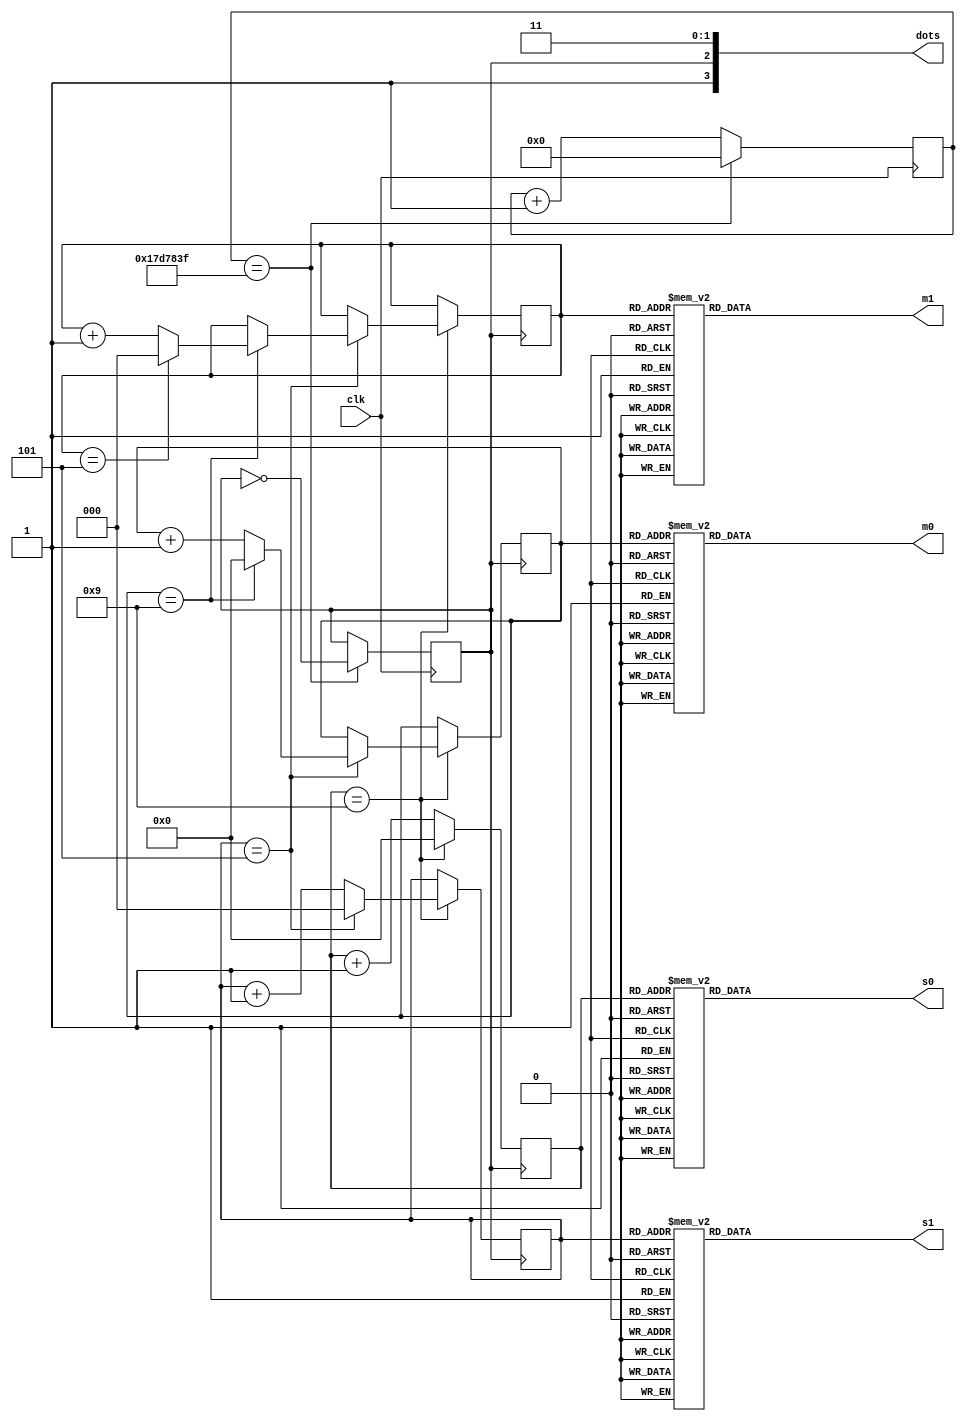
/************************************************
  The Verilog HDL code example is from the book
  Computer Principles and Design in Verilog HDL
  by Yamin Li, published by A JOHN WILEY & SONS
************************************************/
module minute_second (clk,m1,m0,s1,s0,dots);                 // what's this?
    input        clk;                                        // 50MHz
    output [6:0] m1, m0;
    output [6:0] s1, s0;
    output [3:0] dots;

    reg          sec_clk = 1;
    reg   [24:0] clk_cnt = 0;
    always @ (posedge clk) begin
        if (clk_cnt == 25'd24999999) begin
            clk_cnt <= 0;
            sec_clk <= ~sec_clk;
        end else begin
            clk_cnt <= clk_cnt + 1;
        end
    end

    reg [2:0] min1 = 0, sec1 = 0;
    reg [3:0] min0 = 0, sec0 = 0;
    always @ (posedge sec_clk) begin
        if (sec0 == 4'd9) begin
            sec0 <= 0;
            if (sec1 == 3'd5) begin
                sec1 <= 0;
                if (min0 == 4'd9) begin
                    min0 <= 0;
                    if (min1 == 3'd5) begin
                        min1 <= 0;
                    end else begin
                        min1 <= min1 + 1;
                    end
                end else begin
                    min0 <= min0 + 1;
                end
            end else begin
                sec1 <= sec1 + 1;
            end 
        end else begin
            sec0 <= sec0 + 1;
        end
    end

    assign m1 = seg7({1'b0,min1});
    assign s1 = seg7({1'b0,sec1});
    assign m0 = seg7(min0);
    assign s0 = seg7(sec0);
    assign dots = {1'b1,sec_clk,2'b11};

    //   0
    // 5   1
    //   6
    // 4   2
    //   3
    function [6:0] seg7;
        input [3:0] q;
        case (q)
            4'd0 : seg7 = 7'b1000000;
            4'd1 : seg7 = 7'b1111001;
            4'd2 : seg7 = 7'b0100100;
            4'd3 : seg7 = 7'b0110000;
            4'd4 : seg7 = 7'b0011001;
            4'd5 : seg7 = 7'b0010010;
            4'd6 : seg7 = 7'b0000010;
            4'd7 : seg7 = 7'b1111000;
            4'd8 : seg7 = 7'b0000000;
            4'd9 : seg7 = 7'b0010000;
            default: seg7 = 7'b1111111;
        endcase
    endfunction
endmodule